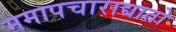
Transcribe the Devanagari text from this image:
ममापचाराद्यातो